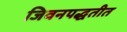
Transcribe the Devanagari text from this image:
जिवनपद्धतीत